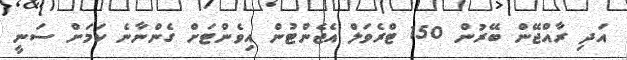
އަދި ރާއްޖޭން ބޭރުން 150 ޓްރެވަލް އެޖެންޓުން އިވެންޓަށް ގެންނާނެ ކަމަށް ސަނީ